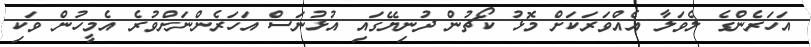
އަހަރެންގެ ލެވަލާ އެއްވަރަކަށް މޮޅު ކޯޗުން ދުނިޔޭގައި އުޅުނަސް އަހަރެންނަށްވުރެ އެމީހުން ވަކި